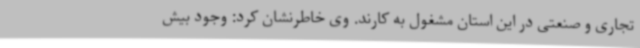
تجاری و صنعتی در این استان مشغول به کارند. وی خاطرنشان کرد: وجود بیش